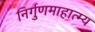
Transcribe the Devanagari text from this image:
निर्गुणमाहात्म्य